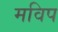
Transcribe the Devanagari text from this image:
मविप